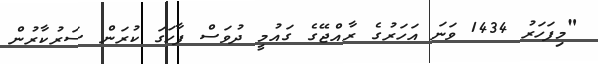
"މިފަހަރު 1434 ވަނަ އަހަރުގެ ރާއްޖޭގެ ގައުމީ ދުވަސް ފާހަގަ ކުރަން ސަރުކާރުން